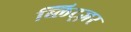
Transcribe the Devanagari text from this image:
ब्लिट्ज़र